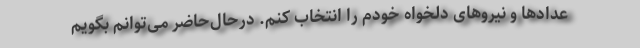
عدادها و نیروهای دلخواه خودم را انتخاب کنم. درحال‌حاضر می‌توانم بگویم